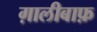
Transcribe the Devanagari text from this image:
ग़ालीबाफ़